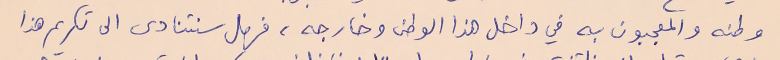
وطنه والمعجبون به في داخل هذا الوطن وخارجه، فهل سنتنادى الى تكريم هذا